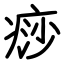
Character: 痧